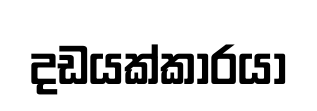
දඩයක්කාරයා